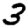
Digit: 3